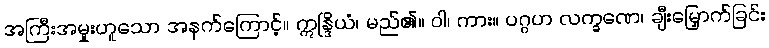
အကြီးအမှုးဟူသော အနက်ကြောင့်။ ဣန္ဒြိယံ၊ မည်၏။ ဝါ၊ ကား။ ပဂ္ဂဟ လက္ခဏေ၊ ချီးမြှောက်ခြင်း